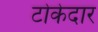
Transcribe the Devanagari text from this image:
टोकेदार